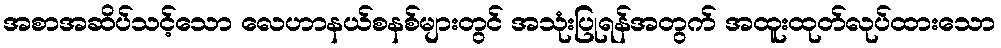
အစာအဆိပ်သင့်သော လေဟာနယ်စနစ်များတွင် အသုံးပြုရန်အတွက် အထူးထုတ်လုပ်ထားသော